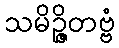
သမိဉ္ဇိတဗ္ဗံ